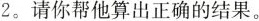
2。请你帮他算出正确的结果。